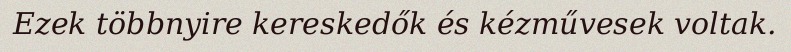
Ezek többnyire kereskedők és kézművesek voltak.